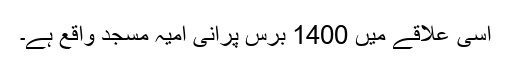
اسی علاقے میں 1400 برس پرانی امیہ مسجد واقع ہے۔